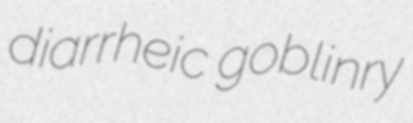
diarrheic goblinry